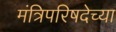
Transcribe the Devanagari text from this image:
मंत्रिपरिषदेच्या